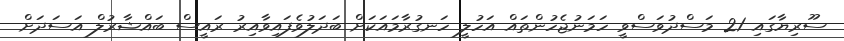
ސޫރިޔާގައި 21 މަސްދުވަސްވީ ހަމަނުޖެހުންތައް އަހުލީ ހަނގުރާމައަކަށް ބަދަލުވެފައިވާއިރު ރައީސް ބައްޝާރުލް އަސަދަށް